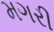
મગરી